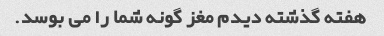
هفته گذشته دیدم مغز گونه شما را می بوسد.